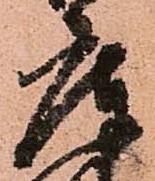
庫